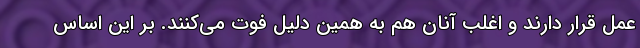
عمل قرار دارند و اغلب آنان هم به همین دلیل فوت می‌کنند. بر این اساس